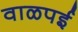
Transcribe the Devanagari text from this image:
वाळपई